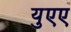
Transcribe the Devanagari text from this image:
युएए